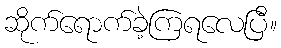
ဆိုက်ရောက်ခဲ့ကြရလေပြီ။